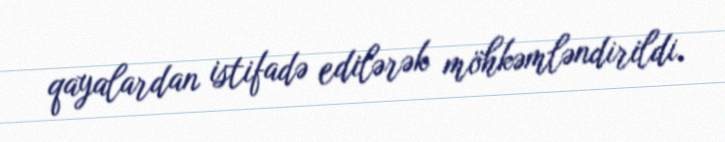
qayalardan istifadə edilərək möhkəmləndirildi.